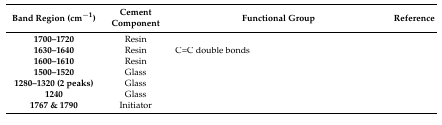
<table><thead><tr><td><b>Band Region (cm<sup>−1</sup>)</b></td><td><b>Cement Component</b></td><td><b>Functional Group</b></td><td><b>Reference</b></td></tr></thead><tbody><tr><td><b>1700–1720</b></td><td>Resin</td><td>[EMPTY_CELL]</td><td>[EMPTY_CELL]</td></tr><tr><td><b>1630–1640</b></td><td>Resin</td><td>C=C double bonds</td><td>[EMPTY_CELL]</td></tr><tr><td><b>1600–1610</b></td><td>Resin</td><td>[EMPTY_CELL]</td><td>[EMPTY_CELL]</td></tr><tr><td><b>1500–1520</b></td><td>Glass</td><td>[EMPTY_CELL]</td><td>[EMPTY_CELL]</td></tr><tr><td><b>1280–1320 (2 peaks)</b></td><td>Glass</td><td>[EMPTY_CELL]</td><td>[EMPTY_CELL]</td></tr><tr><td><b>1240</b></td><td>Glass</td><td>[EMPTY_CELL]</td><td>[EMPTY_CELL]</td></tr><tr><td><b>1767 &amp; 1790</b></td><td>Initiator</td><td>[EMPTY_CELL]</td><td>[EMPTY_CELL]</td></tr></tbody></table>